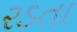
રડતા